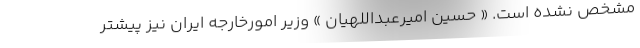
مشخص نشده است. « حسین امیرعبداللهیان » وزیر امورخارجه ایران نیز پیشتر